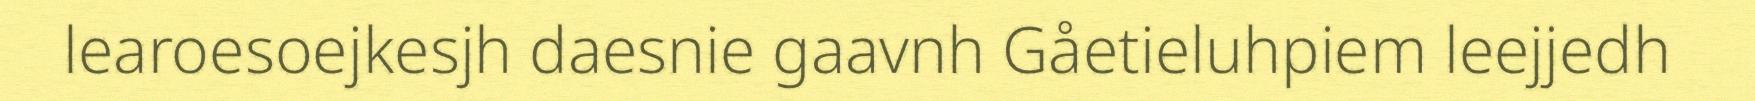
learoesoejkesjh daesnie gaavnh Gåetieluhpiem leejjedh